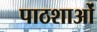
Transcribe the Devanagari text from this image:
पाठशाओं